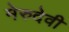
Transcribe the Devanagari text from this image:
मेरुदेवी